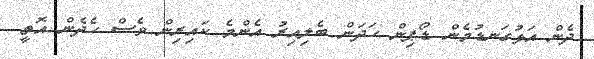
ދެން އަޅުގަނޑުމެން ޑޯޕިން ހަދަން ބެލިއިރު އެންމެ ކައިރިން ވެސް ހެދެން އޮތީ